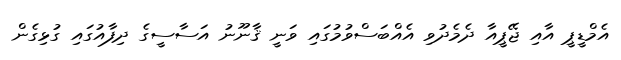
އެމްޑީޕީ އާއި ޖޭޕީއާ ދެމެދުވި އެއްބަސްވުމުގައި ވަނީ ޤާނޫނު އަސާސީގެ ދިފާއުގައި ގުޅިގެން